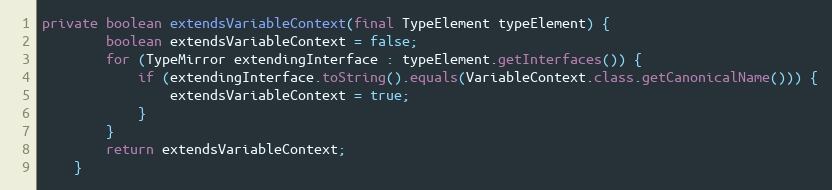
Language: Java
private boolean extendsVariableContext(final TypeElement typeElement) {
        boolean extendsVariableContext = false;
        for (TypeMirror extendingInterface : typeElement.getInterfaces()) {
            if (extendingInterface.toString().equals(VariableContext.class.getCanonicalName())) {
                extendsVariableContext = true;
            }
        }
        return extendsVariableContext;
    }